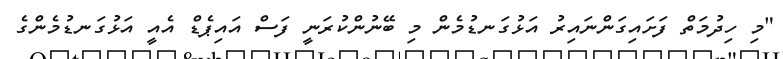
"މި ހިދުމަތް ފަށައިގަންނައިރު އަޅުގަނޑުމެން މި ބޭނުންކުރަނީ ފަސް އައިޕެޑް އެއީ އަޅުގަނޑުމެންގެ